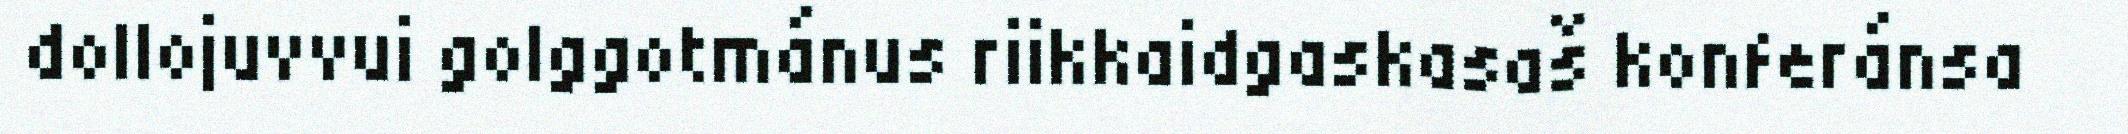
dollojuvvui golggotmánus riikkaidgaskasaš konferánsa